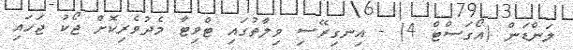
ލަންޑަން (އޯގަސްޓް 4) - އިނގިރޭސި ވިލާތުގައި ޓްވިޓާ މެދުވެރިކޮށް ޖޯކު ޖަހައި